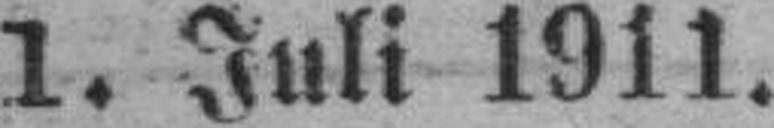
1. Juli 1911.